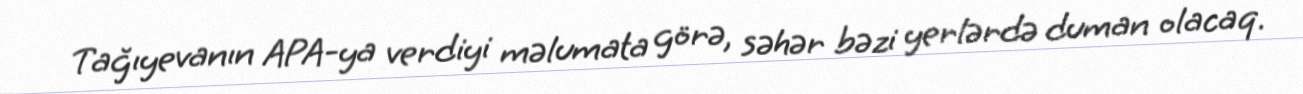
Tağıyevanın APA-ya verdiyi məlumata görə, səhər bəzi yerlərdə duman olacaq.